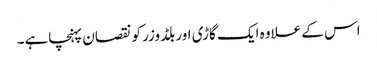
اس کے علاوہ ایک گاڑی اور بلڈوزر کو نقصان پہنچاہے۔